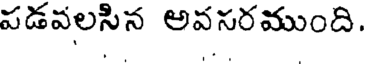
పడవలసిన అవసరముంది.